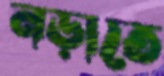
নড়াতে